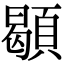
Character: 䫘